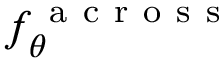
f _ { \theta } ^ { \mathrm { ~ a ~ c ~ r ~ o ~ s ~ s ~ } }